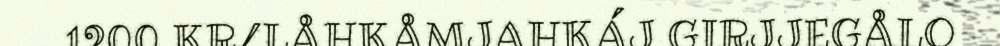
1200 KR/LÅHKÅMJAHKÁJ GIRJJEGÅLO